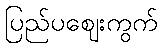
ပြည်ပဈေးကွက်